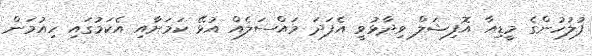
ފުލުހުންގެ މީޑިއާ އޮފިޝަލް ވިދާޅުވީ އެފަދަ މައްސަލެއް އުޅޭ ކަމަށާއި އެކަމުގައި ހިއުމަން